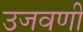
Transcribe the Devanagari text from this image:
उजवणी